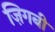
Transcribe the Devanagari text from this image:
ज़िगबी